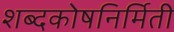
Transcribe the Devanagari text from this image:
शब्दकोषनिर्मिती